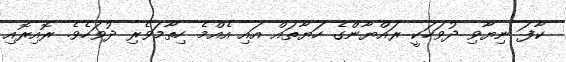
ކާފަ ނިޔާވި ދުވަހަކީ ރައްޔާންގެ ހަޔާތައް އައި އެއްމެ ހިތާމަވެރި ދުވަހެވެ. ރޮއިރޮއި